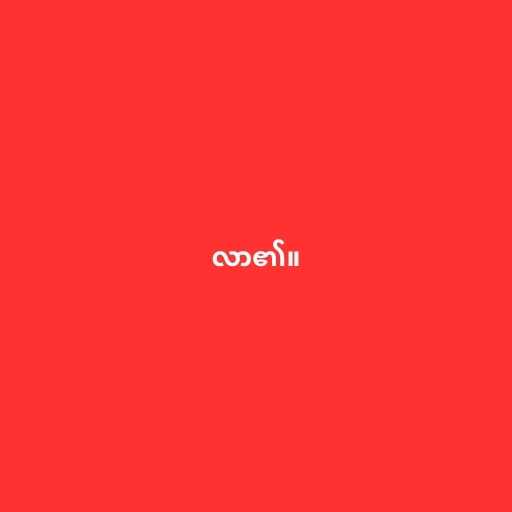
လာ၏။